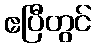
ဧပြီတွင်